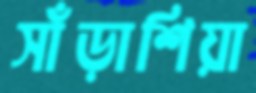
সাঁড়াশিয়া